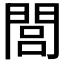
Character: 閭